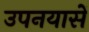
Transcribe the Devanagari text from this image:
उपनयासें